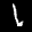
Label: 1